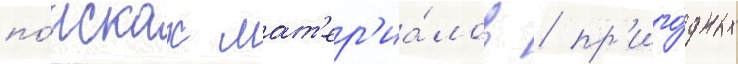
по́исках мат'ер'иа́лов / пр'иго́дных